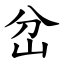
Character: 岔